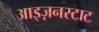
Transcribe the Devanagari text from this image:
आइज़नस्टाट